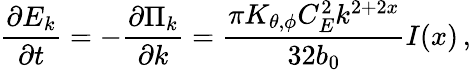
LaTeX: \frac{\partial E_{k}}{\partial t}=-\frac{\partial\Pi_{k}}{\partial k}=\frac{\pi K_{\theta,\phi}C_{E}^{2}k^{2+2x}}{32b_{0}}I(x)\, ,